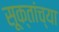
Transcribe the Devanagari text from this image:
सूक्तांच्या